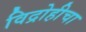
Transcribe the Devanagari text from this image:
विद्रोहीचा